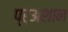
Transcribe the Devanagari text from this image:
प्र्‍अशान